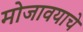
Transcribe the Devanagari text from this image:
मोजावयाचे